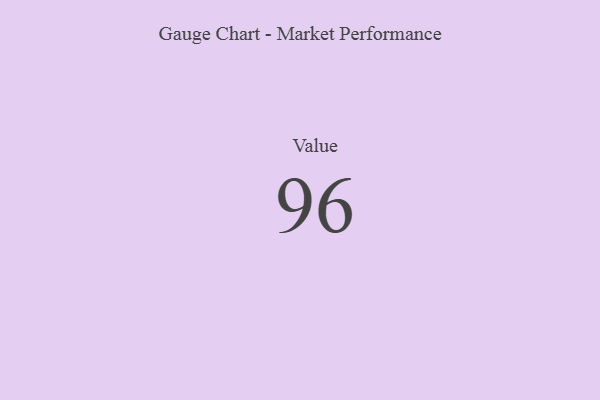
{"axis": {"x": "Metric", "y": "Value"}, "legend": [""], "data": [{"x": "Value", "y": 96, "type": ""}]}